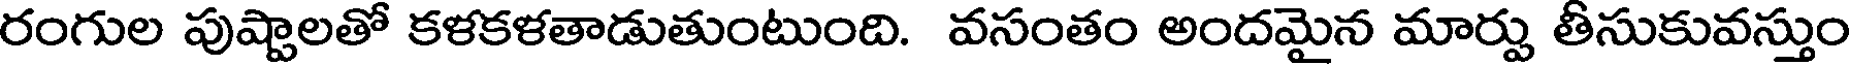
రంగుల పుష్టాలతో కళకళతాడుతుంటుంది. వసంతం అందమైన మార్పు తీసుకువస్తుం